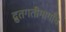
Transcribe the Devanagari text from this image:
द्रुतगतीमार्गांचे